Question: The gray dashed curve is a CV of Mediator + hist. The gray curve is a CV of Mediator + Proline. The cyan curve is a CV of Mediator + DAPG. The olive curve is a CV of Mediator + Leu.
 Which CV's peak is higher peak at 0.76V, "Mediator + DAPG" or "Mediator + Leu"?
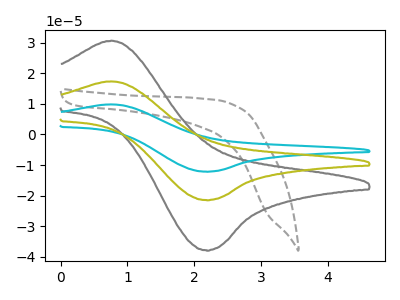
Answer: <think>The gray dashed curve "Mediator + hist" has no peaks. The gray curve "Mediator + Proline" has an anodic peak at (0.75V, 30.60uA) and a cathodic peak at (2.20V, -37.80uA). The cyan curve "Mediator + DAPG" has an anodic peak at (0.75V, 34.70uA) and a cathodic peak at (2.20V, -42.85uA). The olive curve "Mediator + Leu" has an anodic peak at (0.75V, 17.35uA) and a cathodic peak at (2.20V, -21.40uA).</think>
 <answer>The peak at 0.76V is higher in "Mediator + DAPG" than in "Mediator + Leu".</answer>
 <eval>higher</eval>